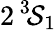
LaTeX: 2\, ^{3}\! \mathcal{S}_{1}